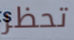
تحظر